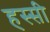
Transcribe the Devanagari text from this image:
हस्सी